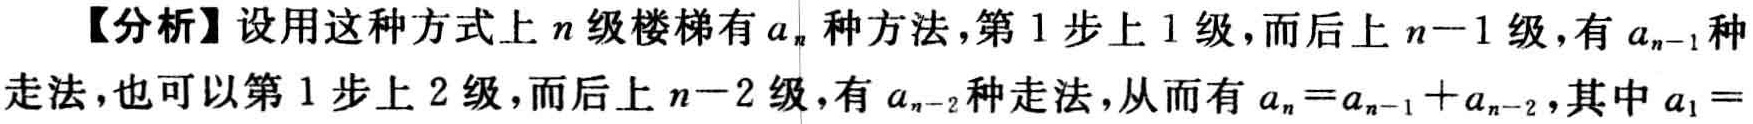
【分析】设用这种方式上\(n\)级楼梯有\(a_{n}\)种方法，第\(1\)步上\(1\)级，而后上\(n - 1\)级，有\(a_{n - 1}\)种走法，也可以第\(1\)步上\(2\)级，而后上\(n - 2\)级，有\(a_{n - 2}\)种走法，从而有\(a_{n}=a_{n - 1}+a_{n - 2}\)，其中\(a_{1}=\)